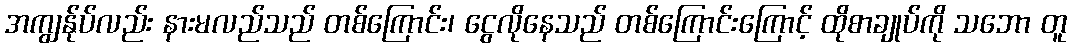
အကျွန်ုပ်လည်း နားမလည်သည် တစ်ကြောင်း၊ ငွေလိုနေသည် တစ်ကြောင်းကြောင့် ထိုစာချုပ်ကို သဘော တူ